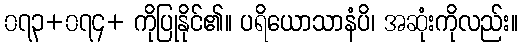
၀၇၃+၀၇၄+ ကိုပြုနိုင်၏။ ပရိယောသာနံပိ၊ အဆုံးကိုလည်း။